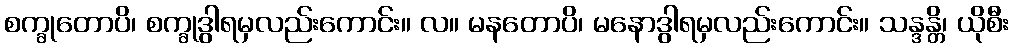
စက္ခုတောပိ၊ စက္ခုဒွါရမှလည်းကောင်း။ လ။ မနတောပိ၊ မနောဒွါရမှလည်းကောင်း။ သန္ဒန္တိ၊ ယိုစီး